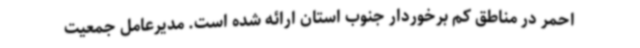
احمر در مناطق کم برخوردار جنوب استان ارائه شده است. مدیرعامل جمعیت